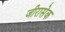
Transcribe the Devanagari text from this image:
जीरासेक